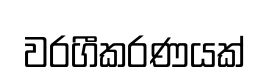
වරගීකරණයක්